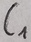
Text: C1